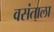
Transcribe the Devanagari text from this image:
वसंताला